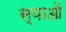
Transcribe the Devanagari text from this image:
स्याओं